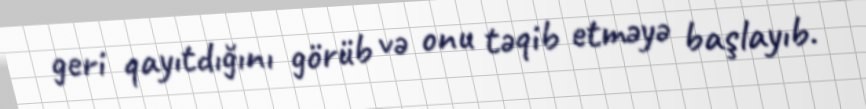
geri qayıtdığını görüb və onu təqib etməyə başlayıb.